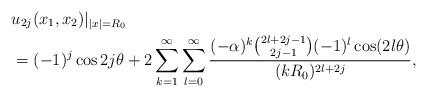
LaTeX: \begin{align*}&u_{2j}(x_1,x_2)|_{|x|=R_0}\\&=(-1)^j \cos2j\theta+2\sum_{k=1}^\infty\sum_{l=0}^\infty \frac{(-\alpha)^k{{2l+2j-1}\choose {2j-1}}(-1)^l\cos (2l\theta)}{(kR_0)^{2l+2j}},\end{align*}